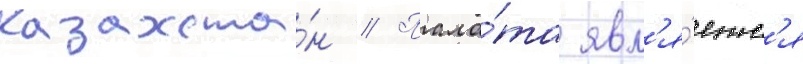
казахста́н // Пала́та явл'я́етс'я